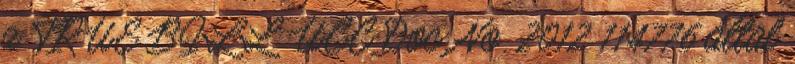
a TRUE BILL UCC Doc. No. 2012 114776 által